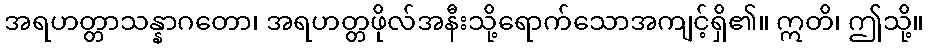
အရဟတ္တာသန္နာဂတော၊ အရဟတ္တဖိုလ်အနီးသို့ရောက်သောအကျင့်ရှိ၏။ ဣတိ၊ ဤသို့။